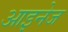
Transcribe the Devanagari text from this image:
आइनेज